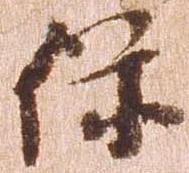
保